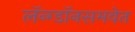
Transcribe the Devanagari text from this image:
लॅन्ग्डॉनसमवेत